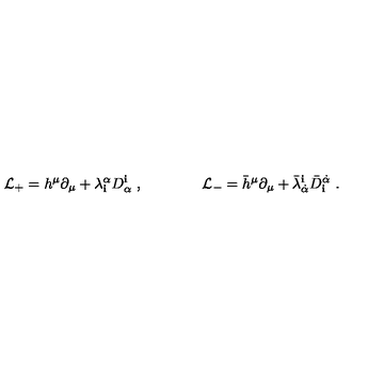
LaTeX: { \mathcal L } _ { + } = h ^ { \mu } \partial _ { \mu } + \lambda _ { \mathbf i } ^ { \alpha } D _ { \alpha } ^ { \mathbf i } \ , \qquad \qquad { \mathcal L } _ { - } = { \bar { h } } ^ { \mu } \partial _ { \mu } + { \bar { \lambda } } _ { \dot { \alpha } } ^ { \mathbf i } { \bar { D } } _ { \mathbf i } ^ { \dot { \alpha } } \ .